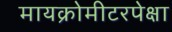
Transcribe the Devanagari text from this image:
मायक्रोमीटरपेक्षा